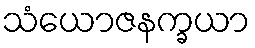
သံယောဇနက္ခယာ